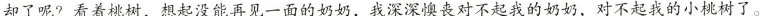
却了呢?看着桃树，想起没能再见一面的奶奶，我深深懊丧对不起我的奶奶，对不起我的小桃树了。